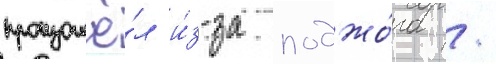
произошё́л и́з-за поджо́га /